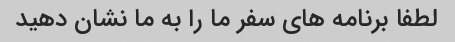
لطفا برنامه های سفر ما را به ما نشان دهید